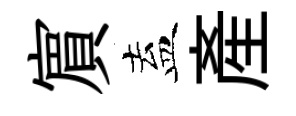
賔盍産